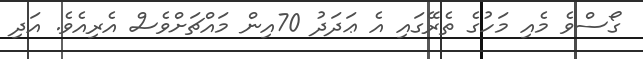
ގޯސްވެ މެއި މަހުގެ ތެރޭގައި އެ ޢަދަދު 70އިން މައްޗަށްވެސް އެރިއެވެ. އަދި